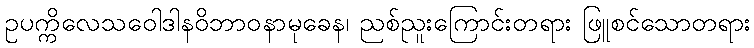
ဥပက္ကိလေသဝေါဒါနဝိဘာဝနာမုခေန၊ ညစ်ညူးကြောင်းတရား ဖြူစင်သောတရား